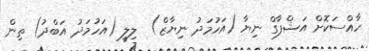
ހާއްސަކޮށް އަޝްފާގް ނިޔާ (އަހުމަދު ނިޔާޒް)  ލިލީ (އަހުމަދު އަބްދު) ތިން